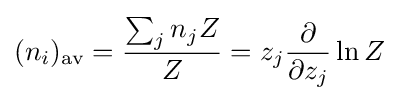
(n_{i})_{\text{av}}={\frac {\sum _{j}n_{j}Z}{Z}}=z_{j}{\frac {\partial }{\partial z_{j}}}\ln Z